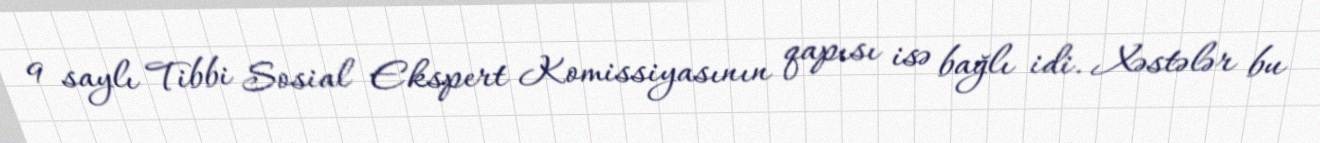
9 saylı Tibbi Sosial Ekspert Komissiyasının qapısı isə bağlı idi. Xəstələr bu